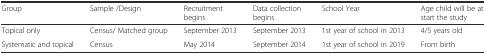
<table><thead><tr><td><b>Group</b></td><td><b>Sample /Design</b></td><td><b>Recruitment begins</b></td><td><b>Data collection begins</b></td><td><b>School Year</b></td><td><b>Age child will be at start the study</b></td></tr></thead><tbody><tr><td>Topical only</td><td>Census/ Matched group</td><td>September 2013</td><td>September 2013</td><td>1st year of school in 2013</td><td>4/5 years old</td></tr><tr><td>Systematic and topical</td><td>Census</td><td>May 2014</td><td>September 2014</td><td>1st year of school in 2019</td><td>From birth</td></tr></tbody></table>